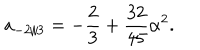
LaTeX: a _ { - 2 / 3 } = - \frac { 2 } { 3 } + \frac { 3 2 } { 4 5 } \alpha ^ { 2 } .